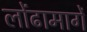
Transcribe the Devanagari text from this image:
लोंढामार्गे